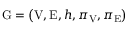
\mathrm { G } = \left( \mathrm { V } , \mathrm { E } , h , \pi _ { \mathrm { V } } , \pi _ { \mathrm { E } } \right)